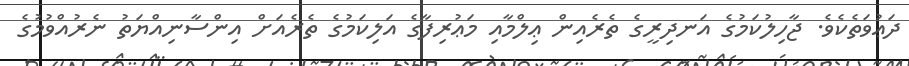
ދަޢުވަތެކެވެ. ޖާހިލުކަމުގެ އަނދިރީގެ ތެރެއިން ޢިލްމާއި މަޢުރިފާގެ އަލިކަމުގެ ތެރެއަށް އިންސާނިއްޔަތު ނެރުއްވުމުގެ